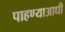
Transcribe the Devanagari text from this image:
पाहण्याआधी